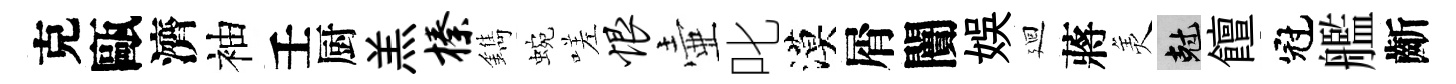
克甌濟袖壬厨羔榛鐫蜿嗟恨壷叱漠屑闠娱廻蔣羙剋饘冠艦齗